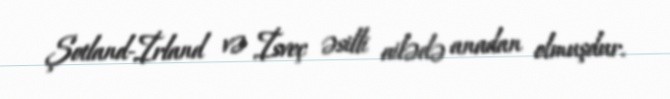
Şotland-İrland və İsveç əsilli ailədə anadan olmuşdur.